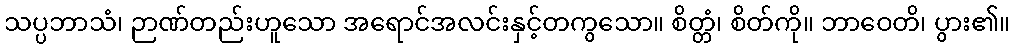
သပ္ပဘာသံ၊ ဉာဏ်တည်းဟူသော အရောင်အလင်းနှင့်တကွသော။ စိတ္တံ၊ စိတ်ကို။ ဘာဝေတိ၊ ပွား၏။